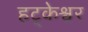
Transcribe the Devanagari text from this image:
हट्केश्वर